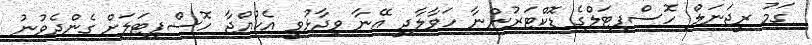
ގަމު ރީޖަނަލް ހޮސްޕިޓަލްގެ ޑޮކްޓަރުންނާ ހަވާލާދީ އޭނާ ވިދާޅުވީ އެކުއްޖާ ހޮސްޕިޓަލަށް ގެންދެވުނު